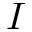
I